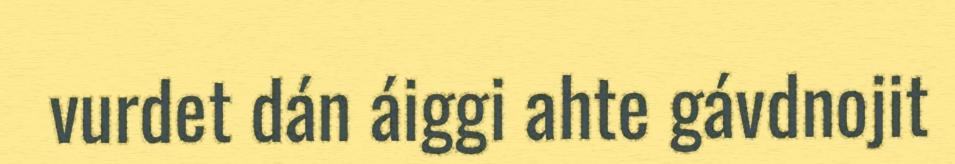
vurdet dán áiggi ahte gávdnojit